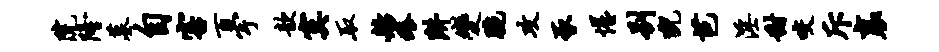
院隆墓自害百宇歆寞取舫痒阱变腕攻豕惺别猊芭淫甜咬斥襄